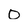
Character: 0